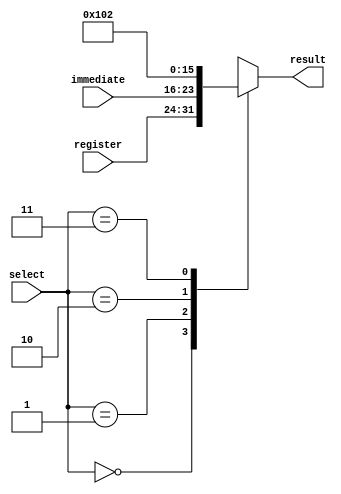
module op2_mux (input [1:0] select, input [7:0] register, immediate,
				output reg [7:0] result);
				
	//mux
	always @(*) begin
		case(select)
			2'b00:result<=register;
			2'b01:result<=immediate;
			2'b10:result<=8'b01; //1
			2'b11:result<=8'b10; //2
			default:result<=register; //error case
		endcase
	end

endmodule